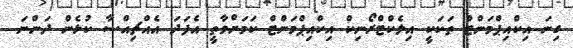
ގިނަ އިކްއިޕްމަންޓް ތަކަކީ އިލެކްޓްރޯނިކް އިކްއިޕްމަންޓް ކަމަށްވާތީ އެފަދަ އެއްޗިއްސާ ކުޅެން ދަންނަ